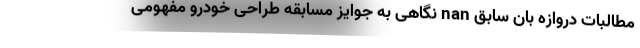
مطالبات دروازه بان سابق nan نگاهی به جوایز مسابقه طراحی خودرو مفهومی